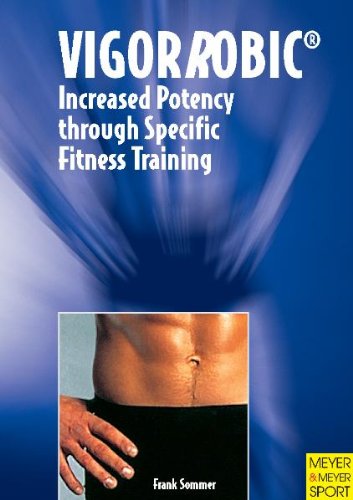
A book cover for Vigorrobic: Increased Potency Through Specific Fitness Training; Frank Sommer; Health, Fitness & Dieting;